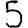
Digit: 5